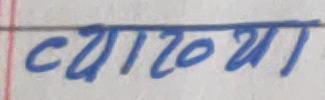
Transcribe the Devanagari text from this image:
व्याख्या